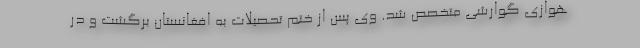
هوازی گوارشی متخصص شد. وی پس از ختم تحصیلات به افغانستان برگشت و در